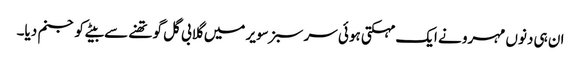
ان ہی دنوں مہرو نے ایک مہکتی ہوئی سر سبز سویر میں گلابی گل گو تھنے سے بیٹے کو جنم دیا۔